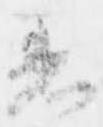
着